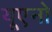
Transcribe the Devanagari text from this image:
यूएनो